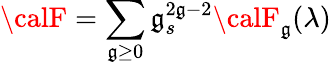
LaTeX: {\calF}=\sum_{\mathfrak{g}\geq0}\mathfrak{g}_{s}^{2\mathfrak{g}-2}{\calF}_{\mathfrak{g}}(\lambda)